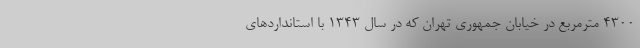
۴۳۰۰ مترمربع در خیابان جمهوری تهران که در سال ۱۳۴۳ با استانداردهای